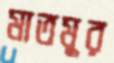
মাতমুর